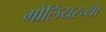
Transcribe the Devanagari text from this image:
मोलियरच्या